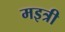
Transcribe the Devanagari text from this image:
मइत्री